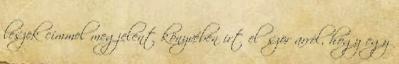
leszek címmel megjelent könyvében írt először arról, hogy egy